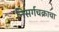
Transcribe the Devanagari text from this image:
निसर्गचक्राचा